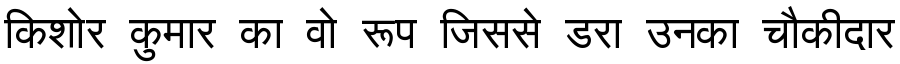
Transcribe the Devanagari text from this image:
किशोर कुमार का वो रूप जिससे डरा उनका चौकीदार